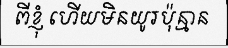
ពីខ្ញុំ ហើយមិនយូរប៉ុន្មាន